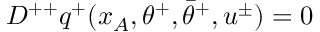
D ^ { + + } q ^ { + } ( x _ { A } , \theta ^ { + } , \bar { \theta } ^ { + } , u ^ { \pm } ) = 0